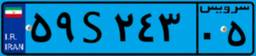
۵۹S۲۴۳۰۵